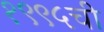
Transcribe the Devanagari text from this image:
१९९५ची